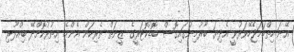
އޭނަ ހިތްހަމަޖެހޭވަރުވީ އެދިޔަ ބާރުމިނުގައިގޮސް ބޮޑުކޮޓަރީގެ ޒީނަތް ތެރިކަން އެންމެ އިތުރުކޮށްދޭ ބިއްލޫރި